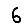
Digit: 6